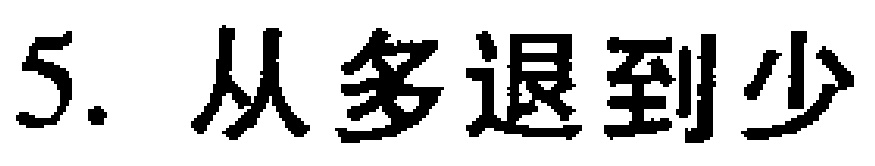
5. 从多退到少